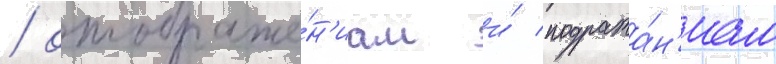
/ отображе́н'иам и́ подража́н'иам